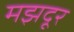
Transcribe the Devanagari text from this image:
मझदूर